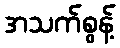
အသက်စွန့်